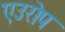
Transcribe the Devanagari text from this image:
एउरोप